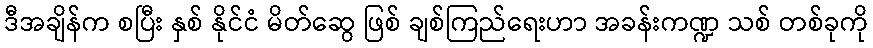
ဒီအချိန်က စပြီး နှစ် နိုင်ငံ မိတ်ဆွေ ဖြစ် ချစ်ကြည်ရေးဟာ အခန်းကဏ္ဍ သစ် တစ်ခုကို